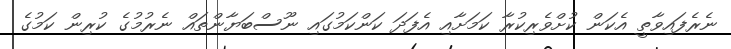
ނެރެފައިވާތީ އެކަން ކުށްވެރިކުރާ ކަމަށާއި އެފަދަ ކަންކަމުގައި ނޫސްބަޔާންތައް ނެރުމުގެ ކުރިން ކަމުގެ